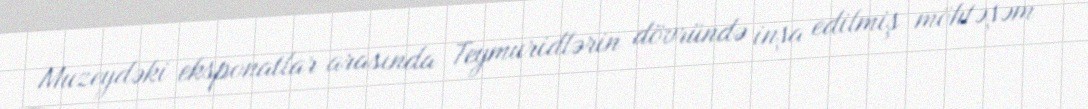
Muzeydəki eksponatlar arasında Teymuridlərin dövründə inşa edilmiş möhtəşəm